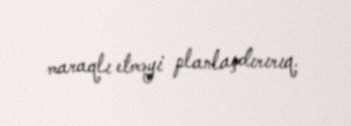
maraqlı etməyi planlaşdırırıq.